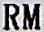
RM